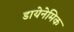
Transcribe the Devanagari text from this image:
डायेनेमिक